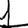
Digit: 1